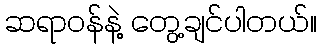
ဆရာဝန်နဲ့ တွေ့ချင်ပါတယ်။